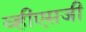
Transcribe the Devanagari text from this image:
व्हीएसजी